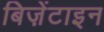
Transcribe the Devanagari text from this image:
बिज़ेंटाइन